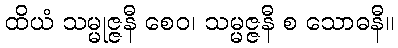
ထိယံ သမ္မုဇ္ဇနီ စေဝ၊ သမ္မဇ္ဇနီ စ သောဓနီ။